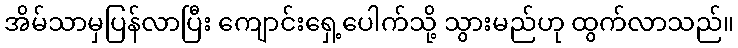
အိမ်သာမှပြန်လာပြီး ကျောင်းရှေ့ပေါက်သို့ သွားမည်ဟု ထွက်လာသည်။